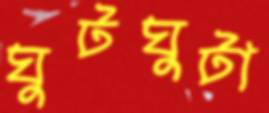
ঘুটঘুটা